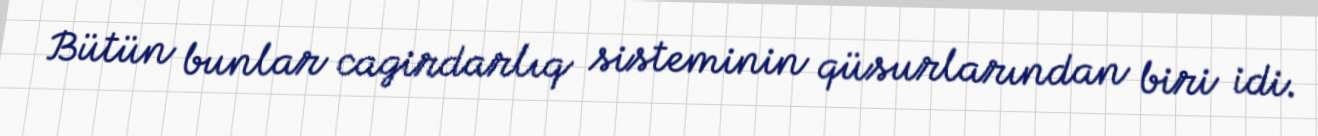
Bütün bunlar cagirdarlıq sisteminin qüsurlarından biri idi.